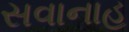
સવાનાહ